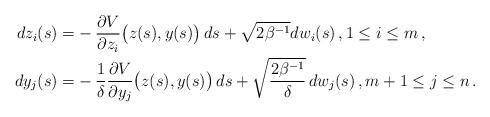
LaTeX: \begin{align*} dz_i(s) =& -\frac{\partial V}{\partial z_i}\big(z(s), y(s)\big)\,ds + \sqrt{2\beta^{-1}} dw_i(s)\,,1 \le i \le m\,, \\ dy_j(s) =& -\frac{1}{\delta}\frac{\partial V}{\partial y_j}\big(z(s), y(s)\big)\,ds + \sqrt{\frac{2\beta^{-1}}{\delta}}\,dw_j(s)\,,m+1 \le j \le n \,. \end{align*}